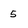
Character: 5